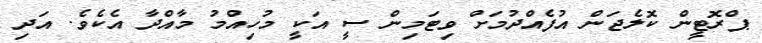
ޕްރޮޓީން ކޮލެޖަން އުފެއްދުމަށް ވިޓަމިން ސީ އަކީ މުހިއްމު މާއްދާ އެކެވެ. އަދި